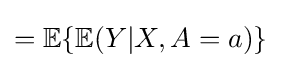
=\mathbb {E} \{\mathbb {E} (Y|X,A=a)\}